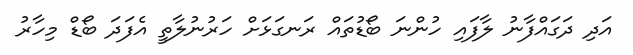
އަދި ދަގައްފާނު ލާފައި ހުންނަ ބޯޑުތައް ރަނގަޅަށް ހަރުނުލާތީ އެފަދަ ބޯޑް މިހާރު